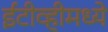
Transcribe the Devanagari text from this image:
ईटीव्हीमध्ये